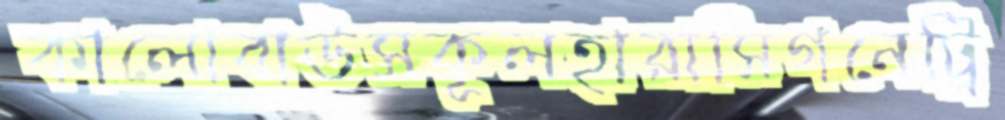
কালোবাউসকূলহারাসিগনেট্রি